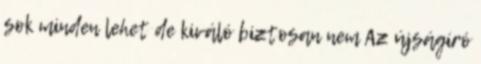
sok minden lehet de kiváló biztosan nem Az újságíró